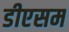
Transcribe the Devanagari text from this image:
डीएसम